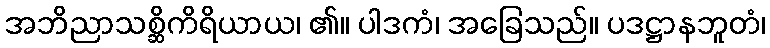
အဘိညာသစ္ဆိကိရိယာယ၊ ၏။ ပါဒကံ၊ အခြေသည်။ ပဒဋ္ဌာနဘူတံ၊